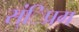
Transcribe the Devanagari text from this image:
स्ंिप्रग